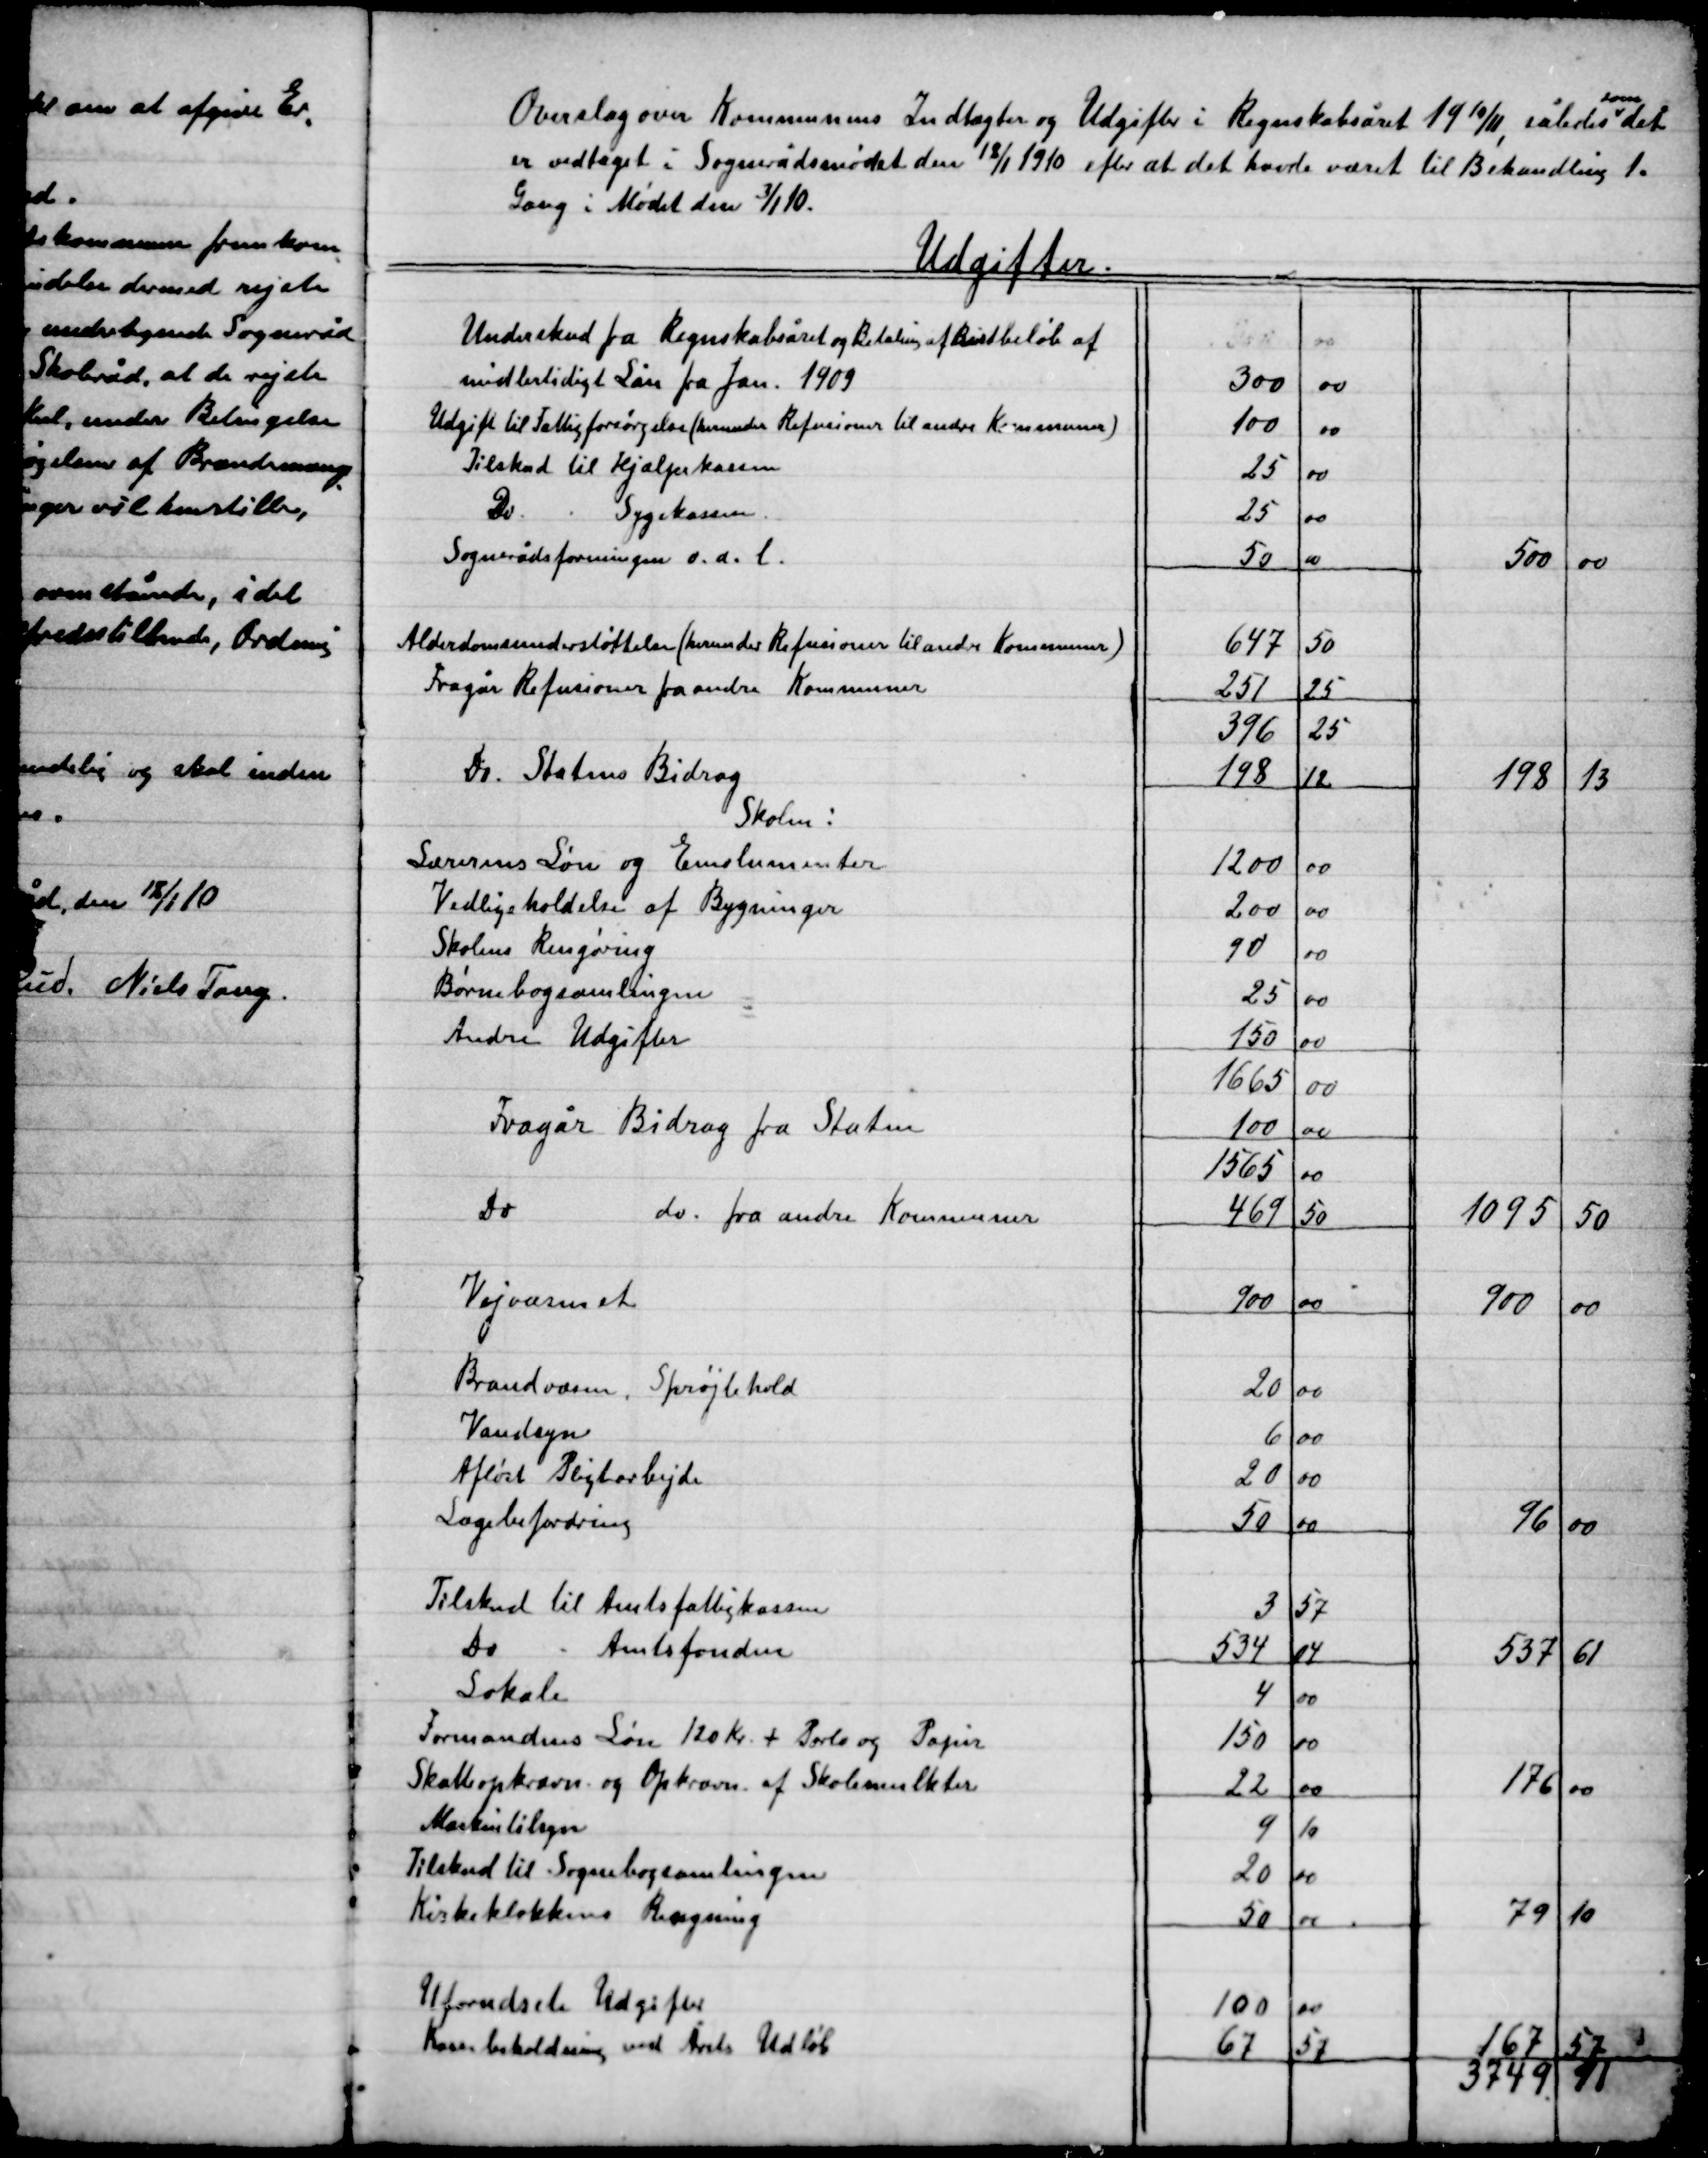
Transskription:
Overslag over Kommunens Indtægter og Udgifter i Regnskabsåret 19 10/11, således
som
det
er vedtaget i Sognerådsmødet den 18/1 1910 efter at det havde været til Behandling 1.
Gang i Mødet den 3/1 10.